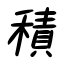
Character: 積